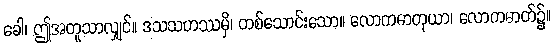
ခေါ၊ ဤအတူသာလျှင်။ ဒသသဟဿမှိ၊ တစ်သောင်းသော။ လောကဓာတုယာ၊ လောကဓာတ်၌။